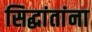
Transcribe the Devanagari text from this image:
सिद्धांतांना